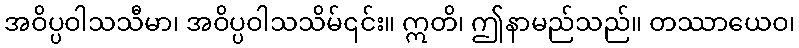
အဝိပ္ပဝါသသီမာ၊ အဝိပ္ပဝါသသိမ်၎င်း။ ဣတိ၊ ဤနာမည်သည်။ တဿာယေဝ၊